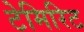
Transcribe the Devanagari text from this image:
टेमिरिट